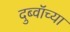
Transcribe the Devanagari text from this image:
दुब्वॉच्या